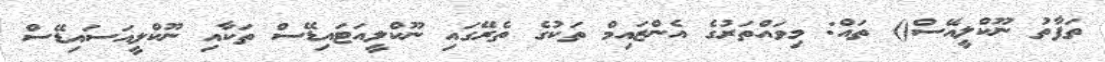
ތަފާތު ނޫކްލީއޭސް() ތައް: މިވައްތަރުގެ އެންޒައިމް ތަކުގެ ތެރޭގައި ނޫކްލީއަޓައިޑޭސް ތަކާއި ނޫކްލީއަސައިޑޭސް